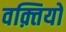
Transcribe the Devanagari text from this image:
वक़्तियों